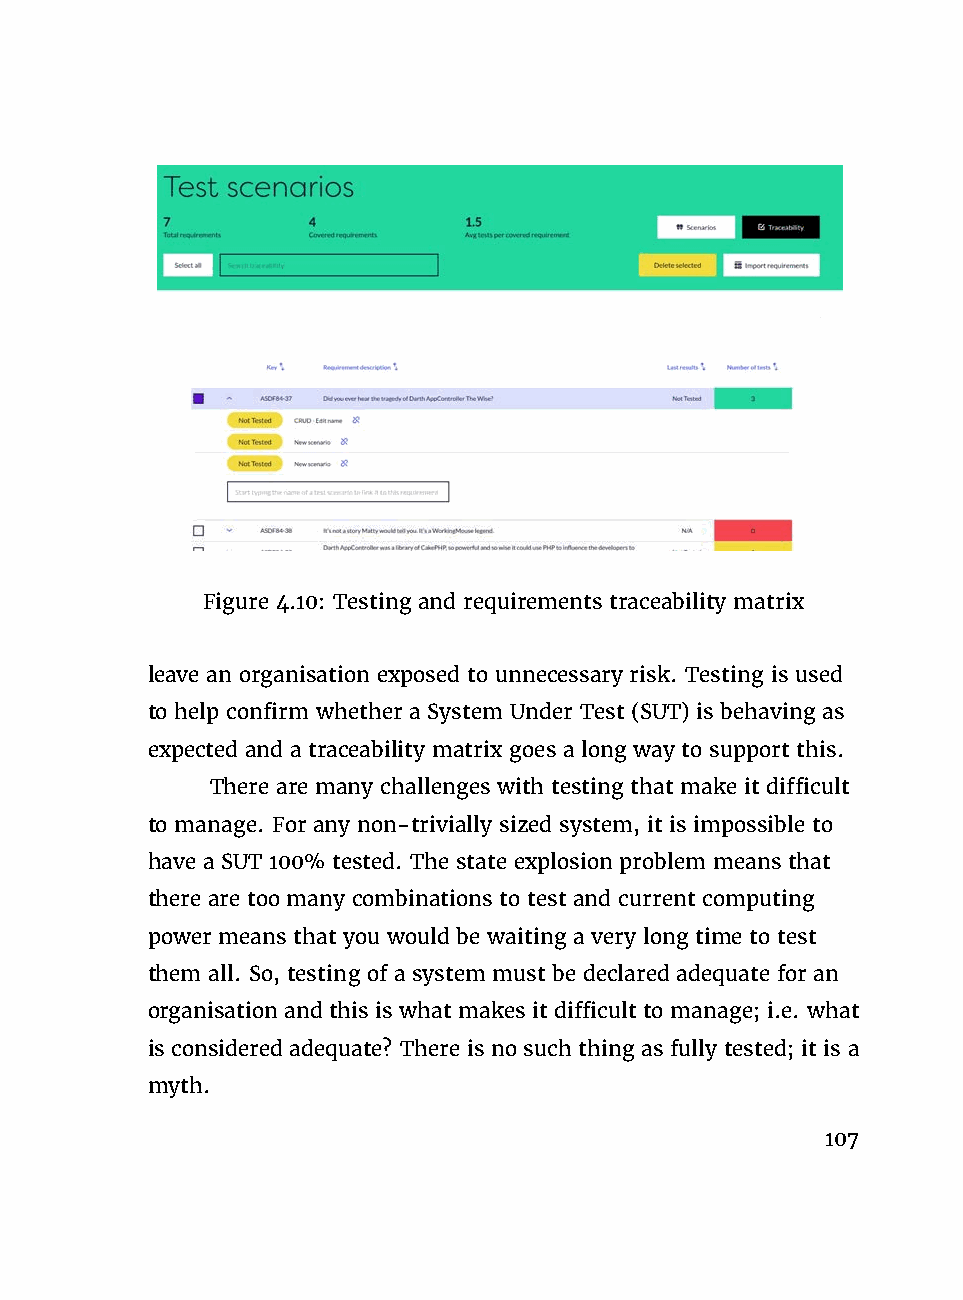
Figure 4.10: Testing and requirements traceability matrix
 leave an organisation exposed to unnecessary risk. Testing is used
 to help confirm whether a System Under Test (SUT) is behaving as
 expected and a traceability matrix goes a long way to support this.
 There are many challenges with testing that make it difficult
 to manage. For any non-trivially sized system, it is impossible to
 have a SUT 100% tested. The state explosion problem means that
 there are too many combinations to test and current computing
 power means that you would be waiting a very long time to test
 them all. So, testing of a system must be declared adequate for an
 organisation and this is what makes it difficult to manage; i.e. what
 is considered adequate? There is no such thing as fully tested; it is a
 myth.
 107